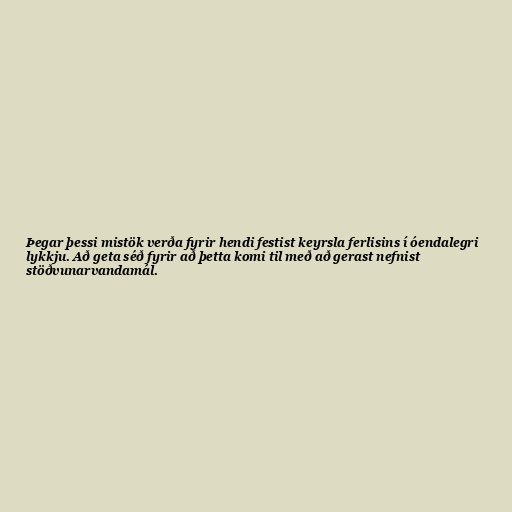
Þegar þessi mistök verða fyrir hendi festist keyrsla ferlisins í óendalegri
lykkju. Að geta séð fyrir að þetta komi til með að gerast nefnist
stöðvunarvandamál.